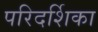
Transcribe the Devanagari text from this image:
परिदर्शिका